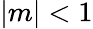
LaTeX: |m|<1